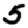
Digit: 5